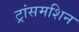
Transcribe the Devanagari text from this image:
ट्रांसमशिन